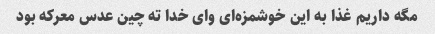
مگه داریم غذا به این خوشمزه‌ای وای خدا ته چین عدس معرکه بود